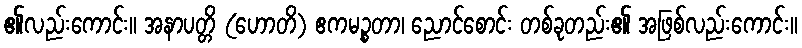
၏လည်းကောင်း။ အနာပတ္တိ (ဟောတိ) ဧကမဉ္စတာ၊ ညောင်စောင်း တစ်ခုတည်း၏ အဖြစ်လည်းကောင်း။